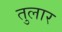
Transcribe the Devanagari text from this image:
तुलार